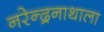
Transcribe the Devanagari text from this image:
नरेन्द्रनाथाला